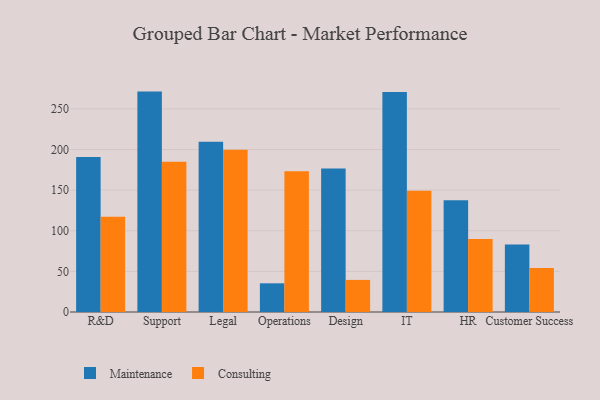
{"axis": {"x": "Department", "y": "Shipments"}, "legend": ["Consulting", "Maintenance"], "data": [{"x": "R&D", "y": 190.9, "type": "Maintenance"}, {"x": "R&D", "y": 117.4, "type": "Consulting"}, {"x": "Support", "y": 271.3, "type": "Maintenance"}, {"x": "Support", "y": 185.0, "type": "Consulting"}, {"x": "Legal", "y": 209.7, "type": "Maintenance"}, {"x": "Legal", "y": 199.7, "type": "Consulting"}, {"x": "Operations", "y": 35.3, "type": "Maintenance"}, {"x": "Operations", "y": 173.4, "type": "Consulting"}, {"x": "Design", "y": 176.7, "type": "Maintenance"}, {"x": "Design", "y": 39.5, "type": "Consulting"}, {"x": "IT", "y": 270.8, "type": "Maintenance"}, {"x": "IT", "y": 149.3, "type": "Consulting"}, {"x": "HR", "y": 137.7, "type": "Maintenance"}, {"x": "HR", "y": 89.8, "type": "Consulting"}, {"x": "Customer Success", "y": 83.2, "type": "Maintenance"}, {"x": "Customer Success", "y": 54.3, "type": "Consulting"}]}